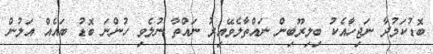
ބޮޑުކަމުދާ ނަޖިހާއެކު ބިލިރޫބިން ނައްތާލެވޭއިރު ނައްތާ ނުލެވި ހުންނަ ބޮޑު ބައެއް އަލުން